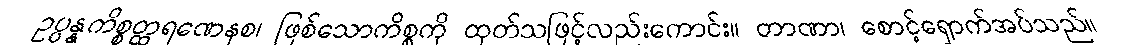
ဥပ္ပန္နကိစ္စတ္ထရဏေနစ၊ ဖြစ်သောကိစ္စကို ထုတ်သဖြင့်လည်းကောင်း။ တာဏာ၊ စောင့်ရှောက်အပ်သည်။